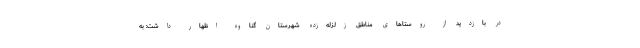
در بازدید از روستاهای مناطق زلزله‌زده شهرستان گناوه اظهار داشت: به